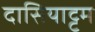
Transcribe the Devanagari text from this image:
दासियाट्टम